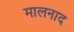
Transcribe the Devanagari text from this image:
मालनाद